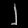
Digit: ၂